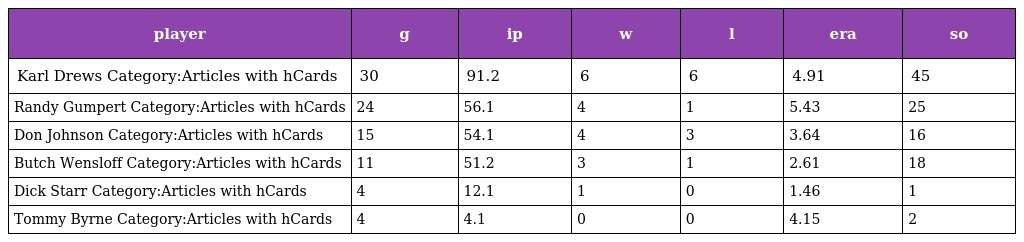
| player | g | ip | w | l | era | so |
 | --- | --- | --- | --- | --- | --- | --- |
 | Karl Drews Category:Articles with hCards | 30 | 91.2 | 6 | 6 | 4.91 | 45 |
 | Randy Gumpert Category:Articles with hCards | 24 | 56.1 | 4 | 1 | 5.43 | 25 |
 | Don Johnson Category:Articles with hCards | 15 | 54.1 | 4 | 3 | 3.64 | 16 |
 | Butch Wensloff Category:Articles with hCards | 11 | 51.2 | 3 | 1 | 2.61 | 18 |
 | Dick Starr Category:Articles with hCards | 4 | 12.1 | 1 | 0 | 1.46 | 1 |
 | Tommy Byrne Category:Articles with hCards | 4 | 4.1 | 0 | 0 | 4.15 | 2 |